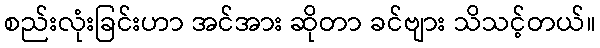
စည်းလုံးခြင်းဟာ အင်အား ဆိုတာ ခင်ဗျား သိသင့်တယ်။